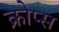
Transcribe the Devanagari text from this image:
क्रोप्स